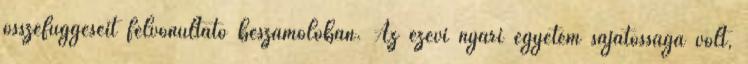
összefüggéseit felvonultató beszámolóban. Az ezévi nyári egyetem sajátossága volt,